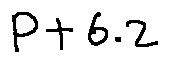
p + 6 . 2